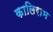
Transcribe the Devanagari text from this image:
कालिराम